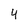
Character: 4